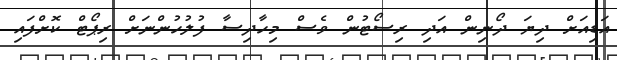
އަޑިއަށް ދިޔަ ދޯނިން އަދި ރިސޯޓުން ވެސް މިހާދިސާ ފުލުހުންނަށް ރިޕޯޓް ކޮށްފައި